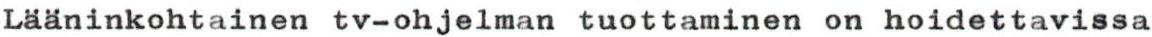
Lääninkohtainen tv-ohjelman tuottaminen on hoidettavissa